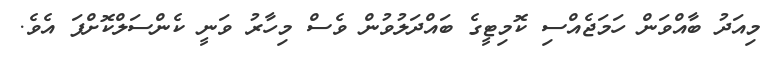
މިއަދު ބާއްވަން ހަމަޖެއްސި ކޮމިޓީގެ ބައްދަލުވުން ވެސް މިހާރު ވަނީ ކެންސަލްކޮށްފަ އެވެ.